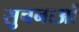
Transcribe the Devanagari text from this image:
सुचनाओं